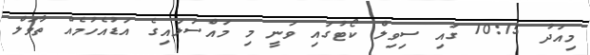
މިއަދު 10:15 ގައި ސިވިލް ކޯޓުގައި ވަނީ މި މައްސަލައިގެ އަޑުއެހުމެއް ތާވަލް